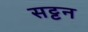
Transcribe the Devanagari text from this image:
सट्टन